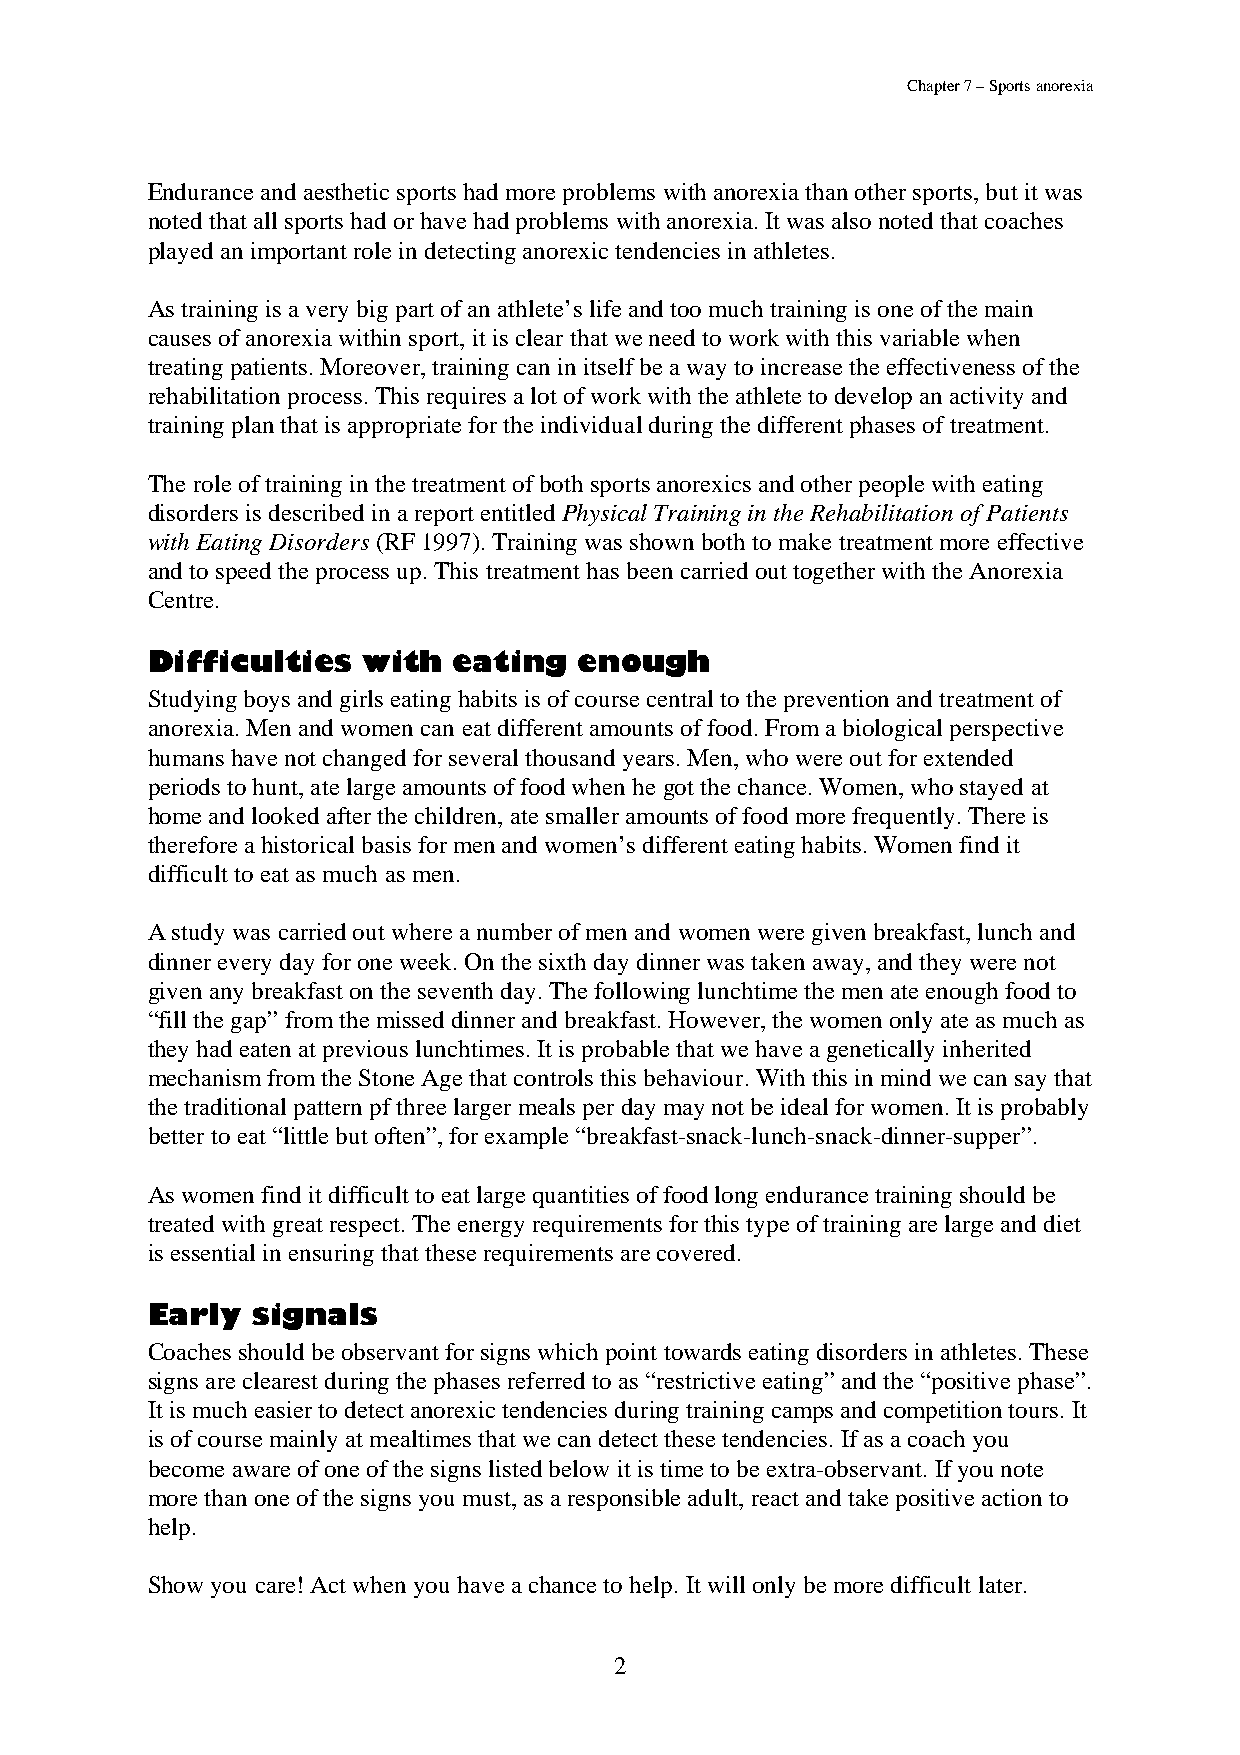
Chapter 7 – Sports anorexia
 Endurance and aesthetic sports had more problems with anorexia than other sports, but it was
 noted that all sports had or have had problems with anorexia. It was also noted that coaches
 played an important role in detecting anorexic tendencies in athletes.
 As training is a very big part of an athlete’s life and too much training is one of the main
 causes of anorexia within sport, it is clear that we need to work with this variable when
 treating patients. Moreover, training can in itself be a way to increase the effectiveness of the
 rehabilitation process. This requires a lot of work with the athlete to develop an activity and
 training plan that is appropriate for the individual during the different phases of treatment.
 The role of training in the treatment of both sports anorexics and other people with eating
 disorders is described in a report entitled Physical Training in the Rehabilitation of Patients
 with Eating Disorders (RF 1997). Training was shown both to make treatment more effective
 and to speed the process up. This treatment has been carried out together with the Anorexia
 Centre.
 Difficulties  with  eating  enough
 Studying boys and girls eating habits is of course central to the prevention and treatment of
 anorexia. Men and women can eat different amounts of food. From a biological perspective
 humans have not changed for several thousand years. Men, who were out for extended
 periods to hunt, ate large amounts of food when he got the chance. Women, who stayed at
 home and looked after the children, ate smaller amounts of food more frequently. There is
 therefore a historical basis for men and women’s different eating habits. Women find it
 difficult to eat as much as men.
 A study was carried out where a number of men and women were given breakfast, lunch and
 dinner every day for one week. On the sixth day dinner was taken away, and they were not
 given any breakfast on the seventh day. The following lunchtime the men ate enough food to
 “fill the gap” from the missed dinner and breakfast. However, the women only ate as much as
 they had eaten at previous lunchtimes. It is probable that we have a genetically inherited
 mechanism from the Stone Age that controls this behaviour. With this in mind we can say that
 the traditional pattern pf three larger meals per day may not be ideal for women. It is probably
 better to eat “little but often”, for example “breakfast-snack-lunch-snack-dinner-supper”.
 As women find it difficult to eat large quantities of food long endurance training should be
 treated with great respect. The energy requirements for this type of training are large and diet
 is essential in ensuring that these requirements are covered.
 Early  signals
 Coaches should be observant for signs which point towards eating disorders in athletes. These
 signs are clearest during the phases referred to as “restrictive eating” and the “positive phase”.
 It is much easier to detect anorexic tendencies during training camps and competition tours. It
 is of course mainly at mealtimes that we can detect these tendencies. If as a coach you
 become aware of one of the signs listed below it is time to be extra-observant. If you note
 more than one of the signs you must, as a responsible adult, react and take positive action to
 help.
 Show you care! Act when you have a chance to help. It will only be more difficult later.
 2